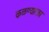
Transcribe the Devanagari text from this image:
कळण्यास्तव